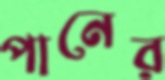
পানের